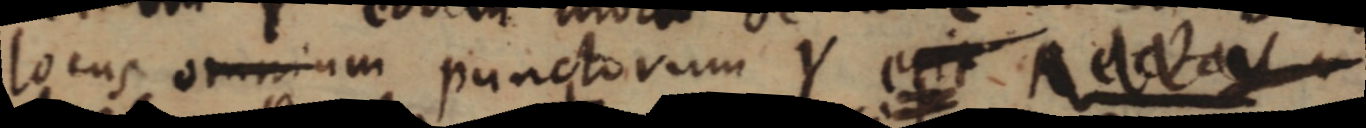
locus omnium punctorum Y erit Recta